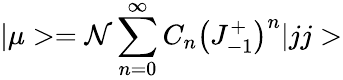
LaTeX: |\mu>={\cal{N}}\sum_{n=0}^{\infty}C_{n}\left(J_{-1}^{+}\right)^{n}|jj>